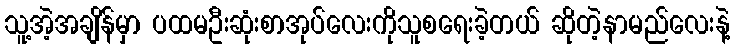
သူ့အဲ့အချိန်မှာ ပထမဦးဆုံးစာအုပ်လေးကိုသူစရေးခဲ့တယ် ဆိုတဲ့နာမည်လေးနဲ့